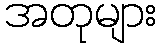
အတုများ